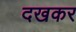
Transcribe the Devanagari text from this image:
दखकर